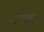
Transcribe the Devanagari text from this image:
पूवक्कट्ट